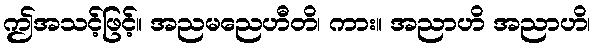
ဤအသင့်ဖြင့်။ အညမညေဟီတိ၊ ကား။ အညာဟိ အညာဟိ၊